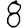
Digit: 8